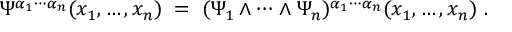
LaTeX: \Psi ^ { \alpha _ { 1 } \cdots \alpha _ { n } } ( x _ { 1 } , \ldots , x _ { n } ) \; = \; ( \Psi _ { 1 } \wedge \cdots \wedge \Psi _ { n } ) ^ { \alpha _ { 1 } \cdots \alpha _ { n } } ( x _ { 1 } , \ldots , x _ { n } ) \; .